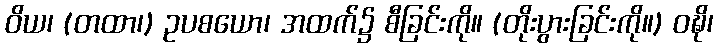
ဝိယ၊ (တထာ၊) ဥပစယော၊ အထက်၌ စီခြင်းကို။ (တိုးပွားခြင်းကို။) ဝဍ္ဎိ၊